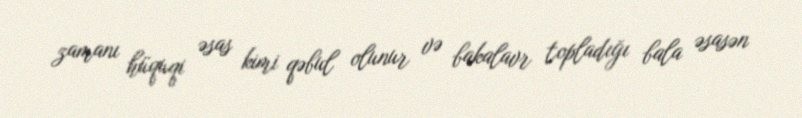
zamanı hüquqi əsas kimi qəbul olunur və bakalavr topladığı bala əsasən